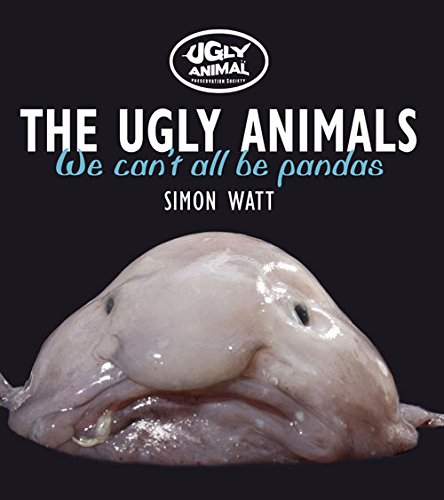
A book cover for The Ugly Animals: We Can't All Be Pandas (Ugly Animal Perservation Society); Simon Watt; Science & Math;